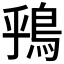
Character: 𫚶